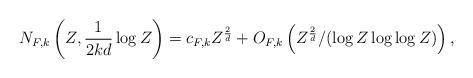
LaTeX: \begin{align*} N_{F,k}\left(Z, \frac{1}{2kd} \log Z\right) = c_{F,k} Z^{\frac{2}{d}} + O_{F,k} \left(Z^{\frac{2}{d}} /(\log Z \log \log Z) \right), \end{align*}